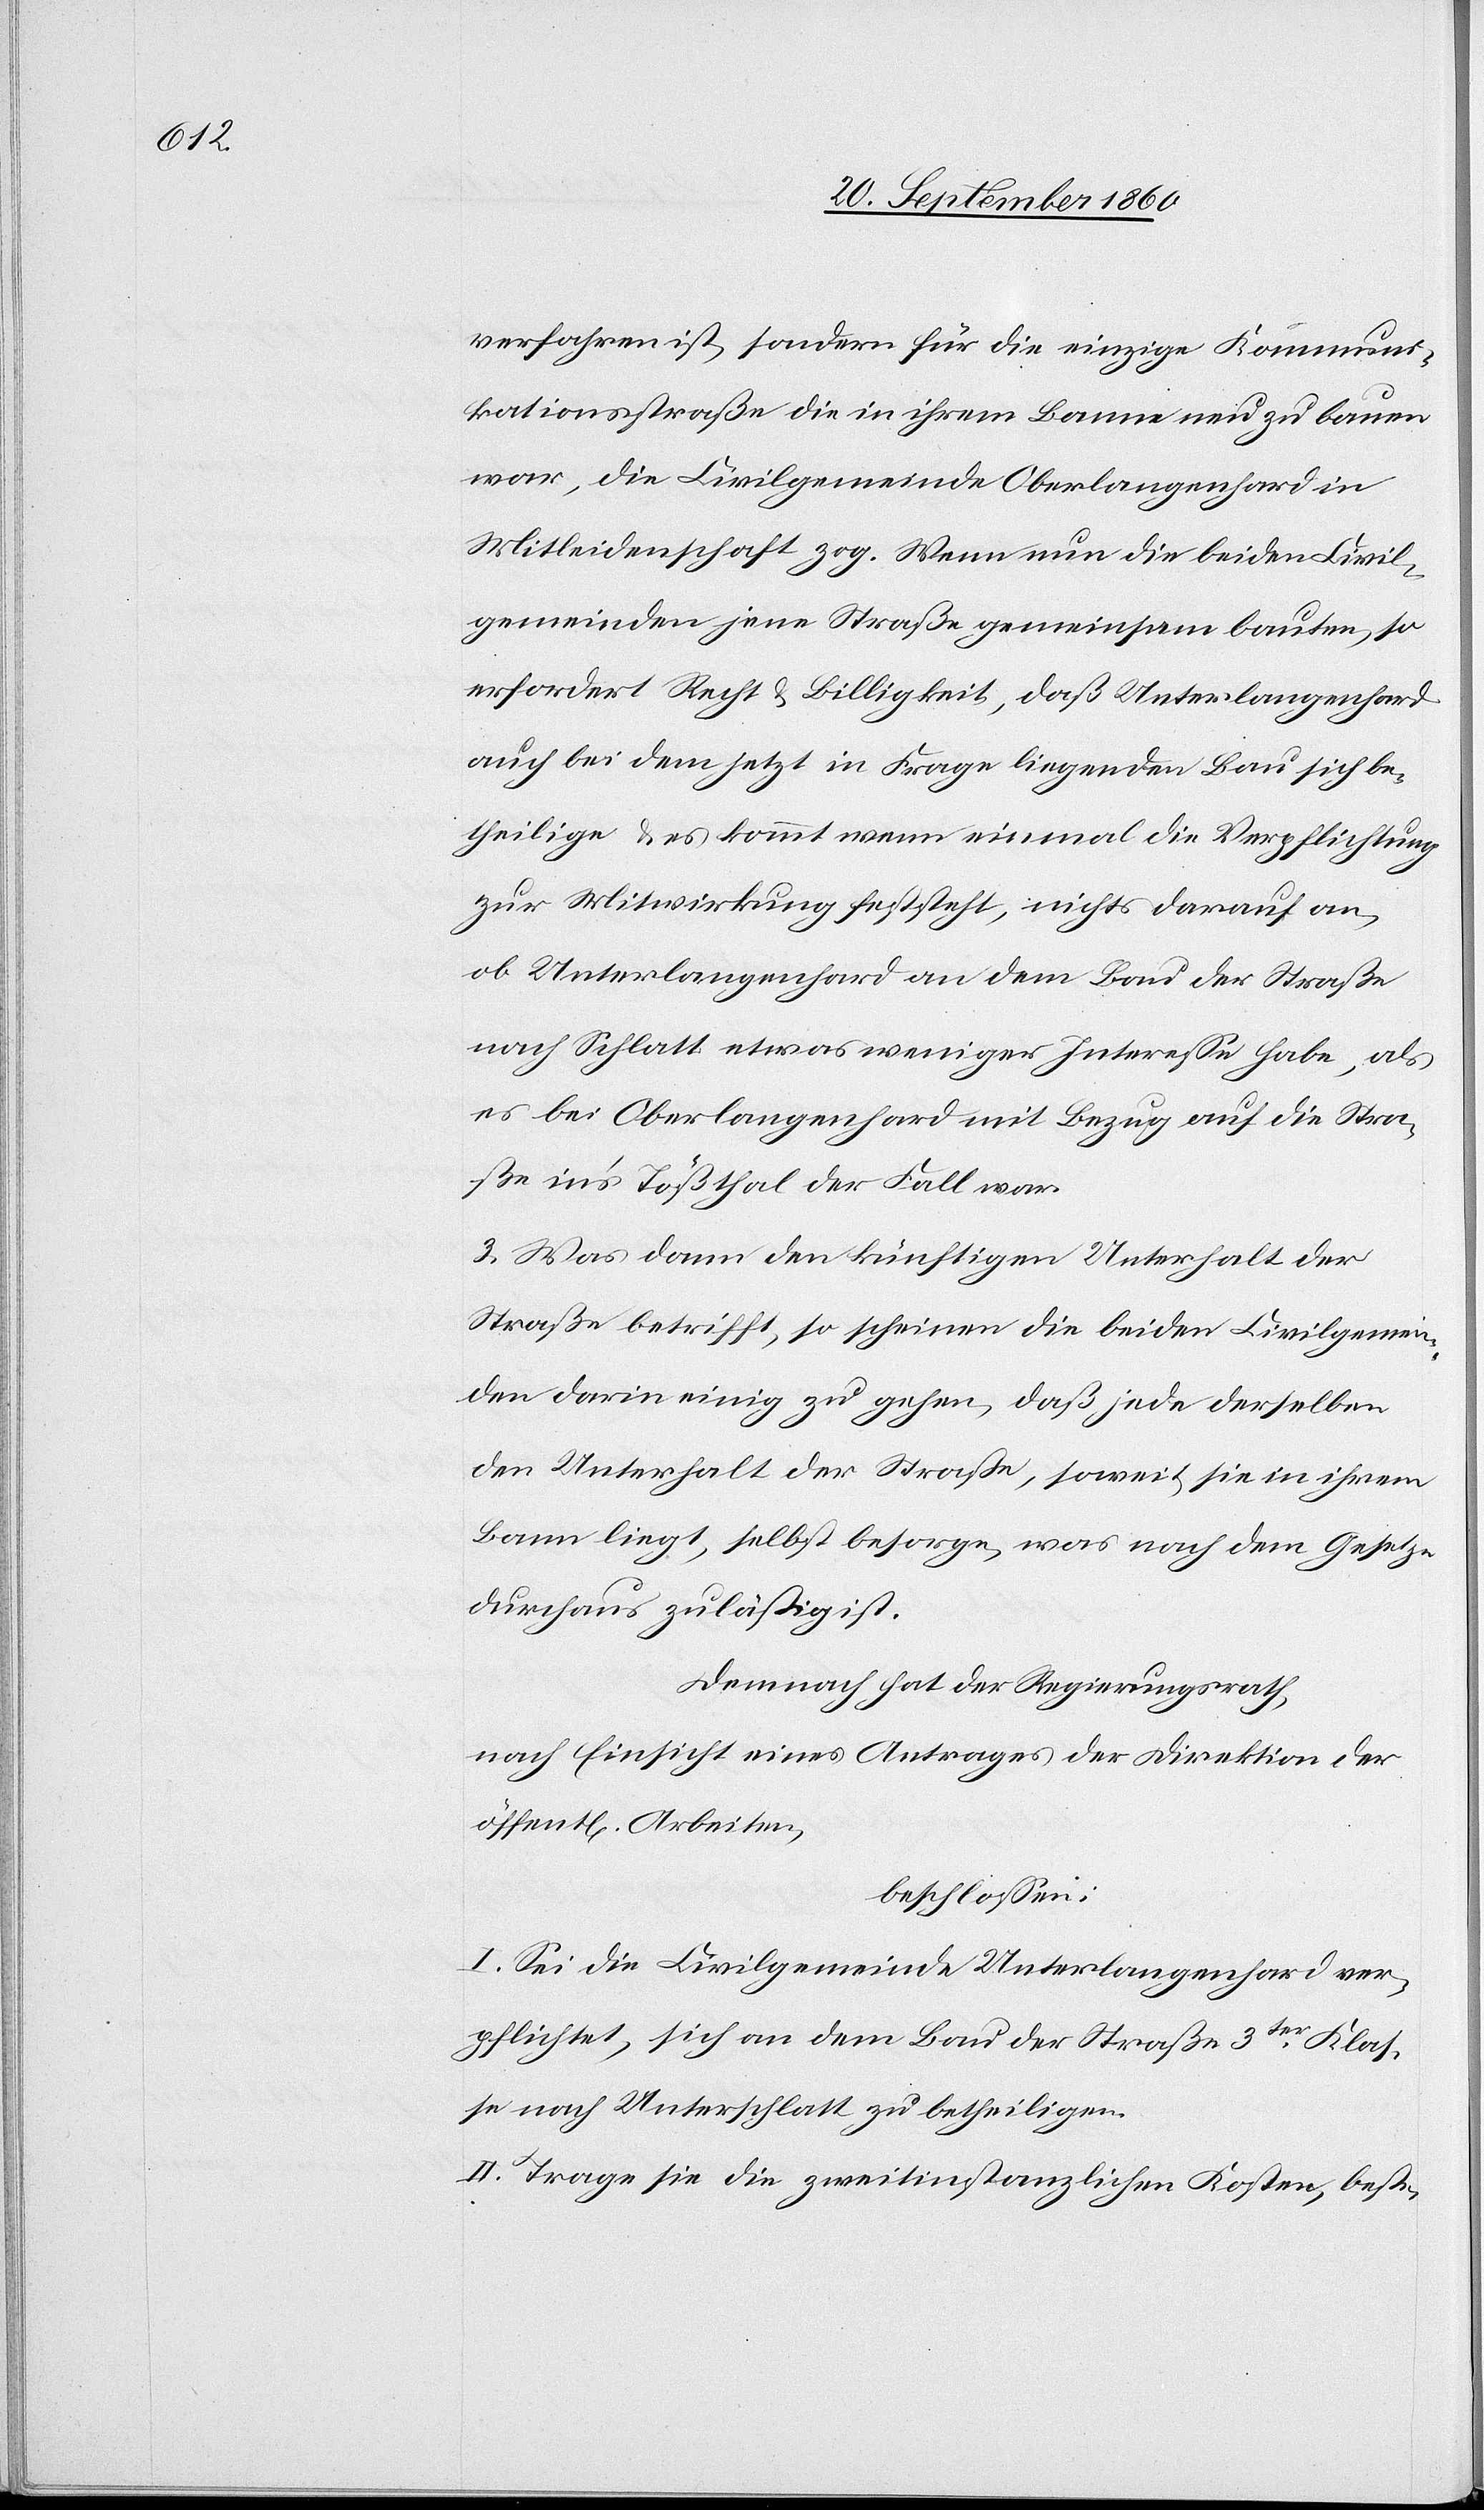
verfahren ist, sondern für die einzige Kommuni¬
kationsstraße die in ihrem Banne neu zu bauen
war, die Civilgemeinde Oberlangenhard in
Mitleidenschaft zog. Wenn nun die beiden Civil¬
gemeinden jene Straße gemeinsam bauten, so
erfordert Recht & Billigkeit, daß Unterlangenhard
auch bei dem jetzt in Frage liegenden Bau sich be¬
theilige & es kommt wenn einmal die Verpflichtung
zur Mitwirkung feststeht, nicht darauf an,
ob Unterlangenhard an dem Bau der Straße
nach Schlatt etwas weniger Interesse habe, als
es bei Oberlangenhard mit Bezug auf die Stra¬
ße in’s Tößthal der Fall war.
3. Was dann den künftigen Unterhalt der
Straße betrifft, so scheinen die beiden Civilgemein¬
den darin einzig zu gehen, daß jede derselben
den Unterhalt der Straße, soweit sie in ihrem
Bann liegt, selbst besorge, was nach dem Gesetz
durchaus zuläßig ist.
Demnach hat der Regierungsrath,
nach Einsicht eines Antrages der Direktion der
öffent[lichen] Arbeiten,
beschlossen:
I. Sei die Civilgemeinde Unterlangenhard ver¬
pflichtet, sich an dem Bau der Straße 3ter Klas¬
se nach Unterschlatt zu betheiligen.
II. Trage sie die zweitinstanzlichen Kosten, beste-